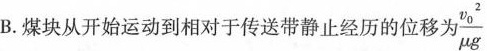
B.煤块从开始运动到相对于传送带静止经历的位移为 $$\frac{\vartheta _{0}^{2}}{\mu g}$$